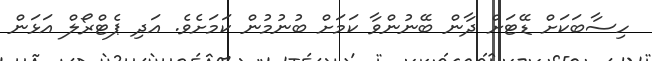
ހިސާބަކަށް ޑޭޓަށް ދާން ބޭނުންވާ ކަމަށް ބުނުމުން ކަމަށެވެ. އަދި ޕެޓްރޯލް އަޅަން